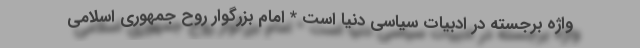
واژه برجسته در ادبیات سیاسی دنیا است * امام بزرگوار روح جمهوری اسلامی